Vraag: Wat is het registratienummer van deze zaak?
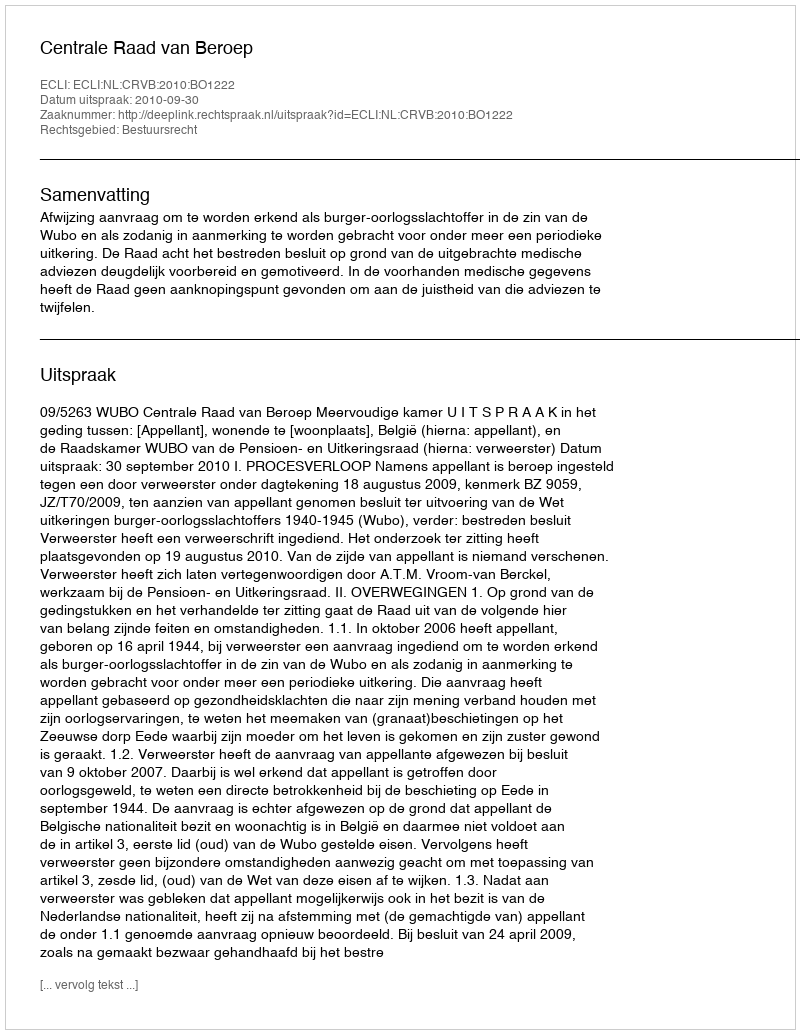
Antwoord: http://deeplink.rechtspraak.nl/uitspraak?id=ECLI:NL:CRVB:2010:BO1222